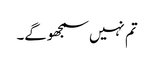
تم نہیں سمجھوگے۔